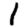
Digit: 1